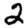
Digit: 2